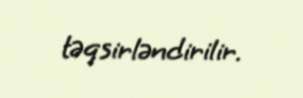
təqsirləndirilir.